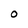
Character: O